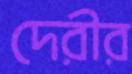
দেরীর